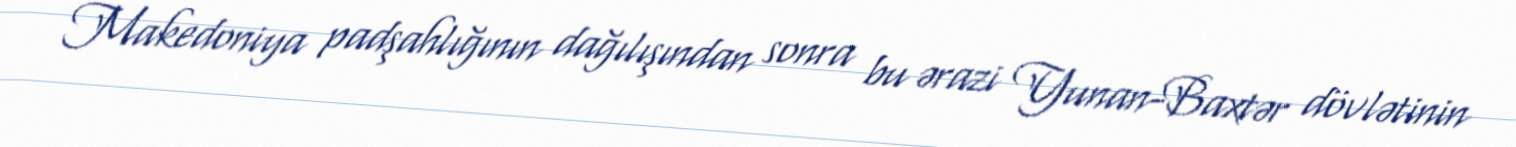
Makedoniya padşahlığının dağılışından sonra bu ərazi Yunan-Baxtər dövlətinin